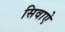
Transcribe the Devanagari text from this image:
सिवाऐ